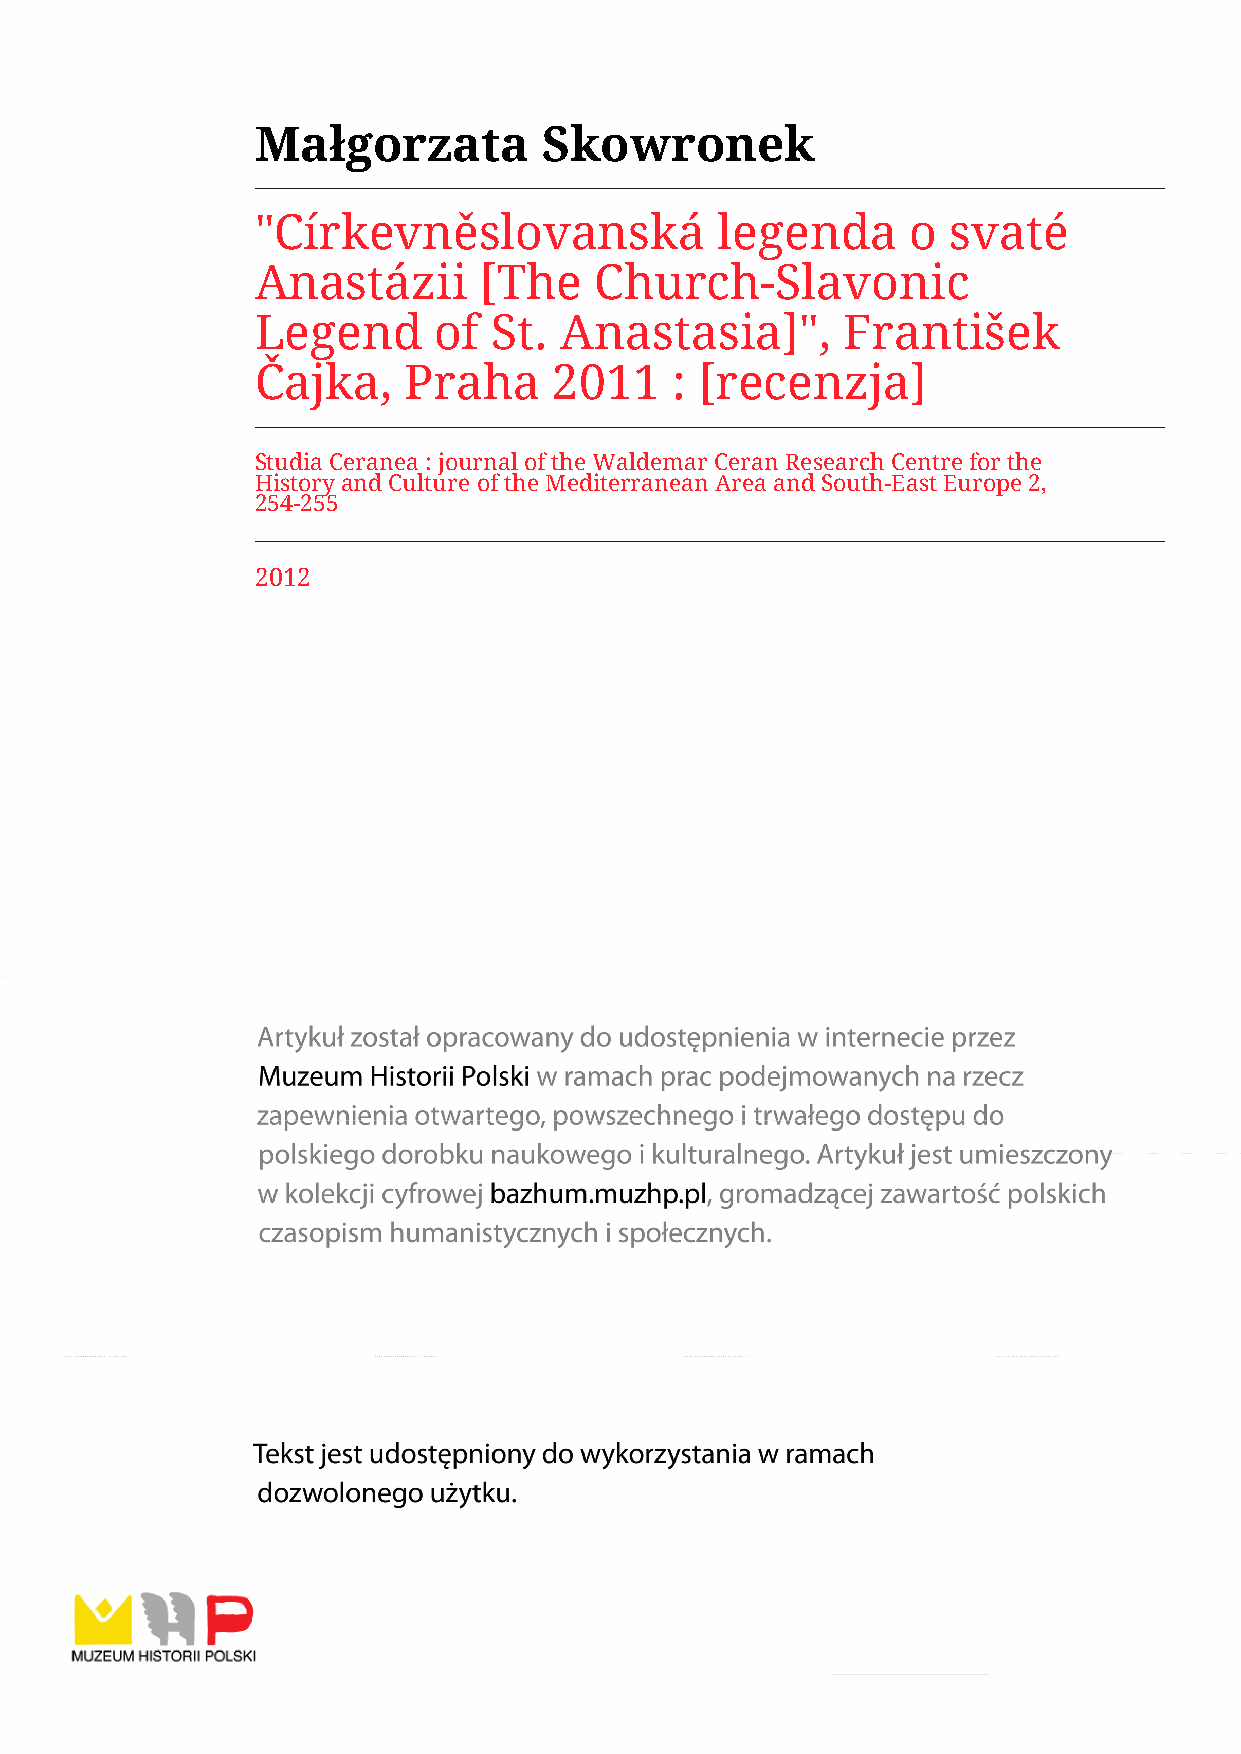
Małgorzata         Skowronek
 "Církevněslovanská             legenda     o  svaté
 Anastázii      [The   Church-Slavonic
 Legend      of  St. Anastasia]",       František
 Čajka,    Praha     2011    : [recenzja]
 Studia Ceranea : journal of the Waldemar Ceran Research Centre for the
 History and Culture of the Mediterranean Area and South-East Europe 2,
 254-255
 2012